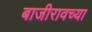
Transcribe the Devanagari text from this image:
बाजीरावच्या